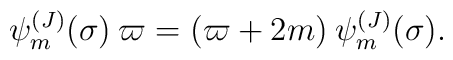
\psi_m^{(J)}(\sigma)\>\varpi=(\varpi+2m)\>\psi_m^{(J)}(\sigma).